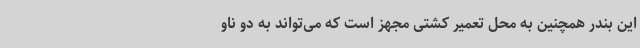
این بندر همچنین به محل تعمیر کشتی مجهز است که می‌تواند به دو ناو